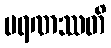
မရဏဿတိ